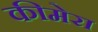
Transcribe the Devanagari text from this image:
कीमेरा